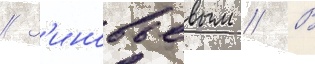
// З'иновьевым // В